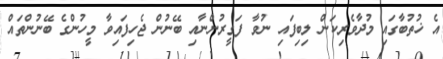
އެ ޚުތުބާގައި މުދާވެރިކަން ލިބިފައި ނުވާ ފަގީރުންނާއި ބޭނުން ޖެހިފައިވާ މީހުންގެ ބޭނުންތައް